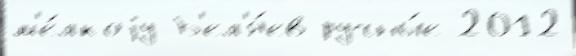
м'е́лкоjу Б'ел'я́ев ручны́е 2012